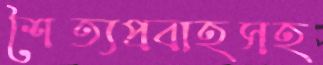
শৈত্যপ্রবাহসহ